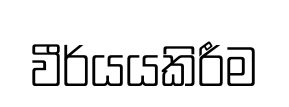
වීර්යයකිරීම